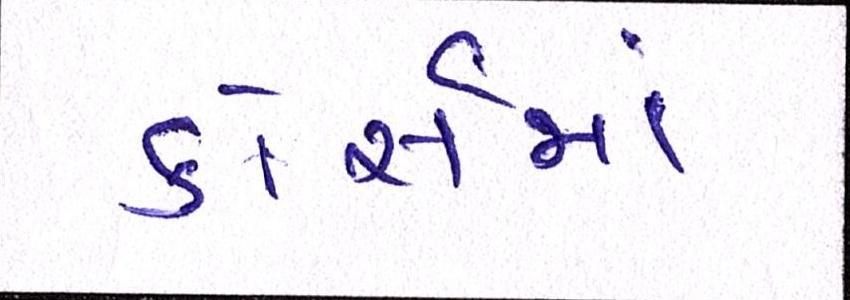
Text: કોસૅમાં